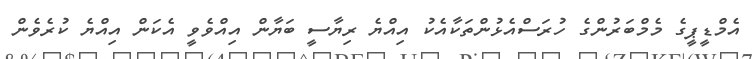
އެމްޑީޕީގެ މެމްބަރުންގެ ހުރަސްއެޅުންތަކާއެކު އިއްޔެ ރިޔާސީ ބަޔާން އިއްވެވީ އެކަން އިއްޔެ ކުރެވެން